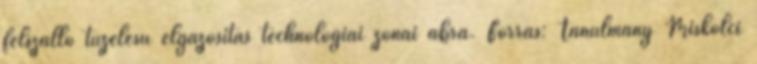
felszálló tüzelésű elgázosítás technológiai zónái ábra. Forrás: Tanulmány Miskolci